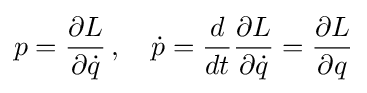
p={\frac {\partial L}{\partial {\dot {q}}}}\,,\quad {\dot {p}}={\frac {d}{dt}}{\frac {\partial L}{\partial {\dot {q}}}}={\frac {\partial L}{\partial q}}